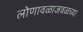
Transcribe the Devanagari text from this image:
लोणावळाजवळच्या